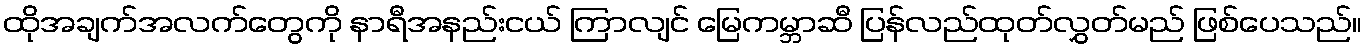
ထိုအချက်အလက်တွေကို နာရီအနည်းငယ် ကြာလျင် မြေကမ္ဘာဆီ ပြန်လည်ထုတ်လွှတ်မည် ဖြစ်ပေသည်။